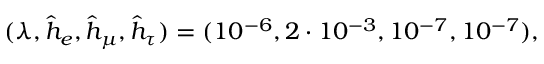
( \lambda , \hat { h } _ { e } , \hat { h } _ { \mu } , \hat { h } _ { \tau } ) = ( 1 0 ^ { - 6 } , 2 \cdot 1 0 ^ { - 3 } , 1 0 ^ { - 7 } , 1 0 ^ { - 7 } ) ,